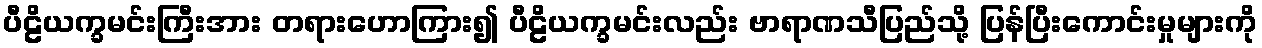
ပီဠိယက္ခမင်းကြီးအား တရားဟောကြား၍ ပီဠိယက္ခမင်းလည်း ဗာရာဏသီပြည်သို့ ပြန်ပြီးကောင်းမှုများကို